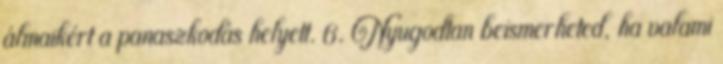
álmaikért a panaszkodás helyett. 6. Nyugodtan beismerheted, ha valami